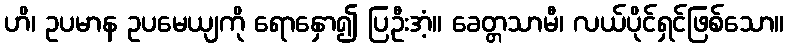
ဟိ၊ ဥပမာန ဥပမေယျကို ရောနှော၍ ပြဦးအံ့။ ခေတ္တသာမီ၊ လယ်ပိုင်ရှင်ဖြစ်သော။